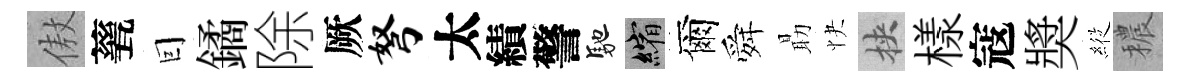
傲甆囙鐍除厥弩太績警馳縮爾舜朂快挾樣寇奬𦂵穠